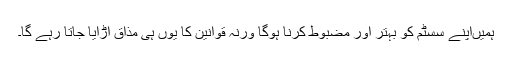
ہمیں‌اپنے سسٹم کو بہتر اور مضبوط کرنا ہوگا ورنہ قوانین کا یوں ہی مذاق اڑایا جاتا رہے گا۔